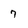
Character: 7